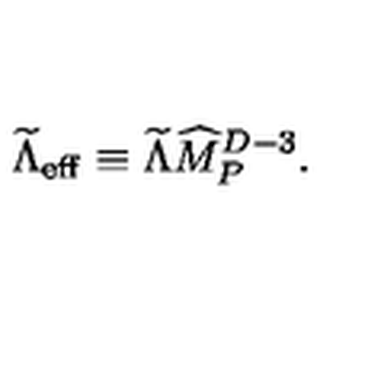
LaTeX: { \widetilde \Lambda } _ { \mathrm { e f f } } \equiv { \widetilde \Lambda } { \widehat M } _ { P } ^ { D - 3 } .